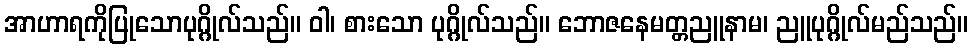
အာဟာရကိုပြုသောပုဂ္ဂိုလ်သည်။ ဝါ၊ စားသော ပုဂ္ဂိုလ်သည်။ ဘောဇနေမတ္တညူနာမ၊ ညူပုဂ္ဂိုလ်မည်သည်။